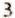
3